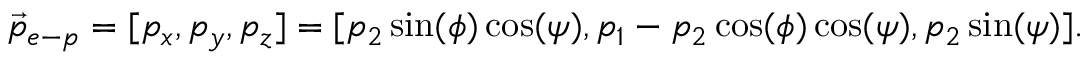
\vec { p } _ { e - p } = [ p _ { x } , p _ { y } , p _ { z } ] = [ p _ { 2 } \sin ( \phi ) \cos ( \psi ) , p _ { 1 } - p _ { 2 } \cos ( \phi ) \cos ( \psi ) , p _ { 2 } \sin ( \psi ) ] .